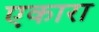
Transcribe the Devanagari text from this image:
एकारा